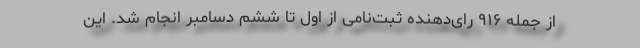
از جمله ۹۱۶ رای‌دهنده ثبت‌نامی از اول تا ششم دسامبر انجام شد. این